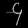
Digit: ၄